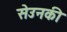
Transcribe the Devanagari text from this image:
सेउनकी